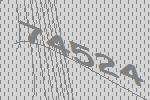
74524